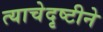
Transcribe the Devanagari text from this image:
त्याचेदृष्टीने